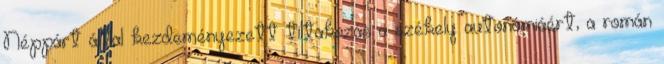
Néppárt által kezdeményezett tiltakozás a székely autonómiáért, a román